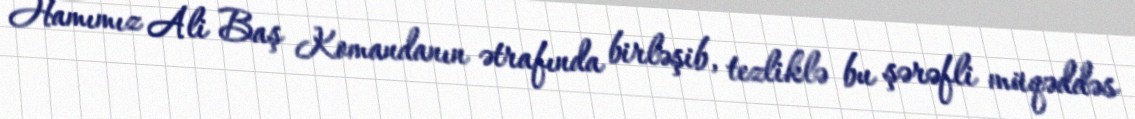
Hamımız Ali Baş Komandanın ətrafında birləşib, tezliklə bu şərəfli müqəddəs